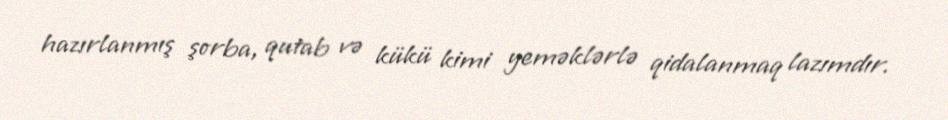
hazırlanmış şorba, qutab və kükü kimi yeməklərlə qidalanmaq lazımdır.